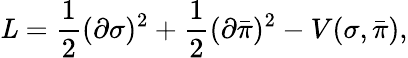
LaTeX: {\mathit{L}}={\frac{1}{2}}(\partial\sigma)^{2}+{\frac{1}{2}}(\partial{\bar{\pi}})^{2}-V(\sigma,{\bar{\pi}}),